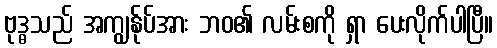
ဗုဒ္ဓသည် အကျွန်ုပ်အား ဘဝ၏ လမ်းစကို ရှာ ပေးလိုက်ပါပြီ။